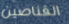
القناصين